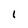
Character: l